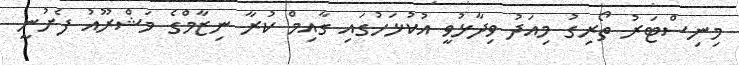
މިނިސްޓަރު ތޯރިގު މިއަދު ވިދާޅުވީ އުކުޅަހުގައި ގާއިމް ކުރާ ނިޒާމްގެ މަޝްރޫއު ފެށުނީ